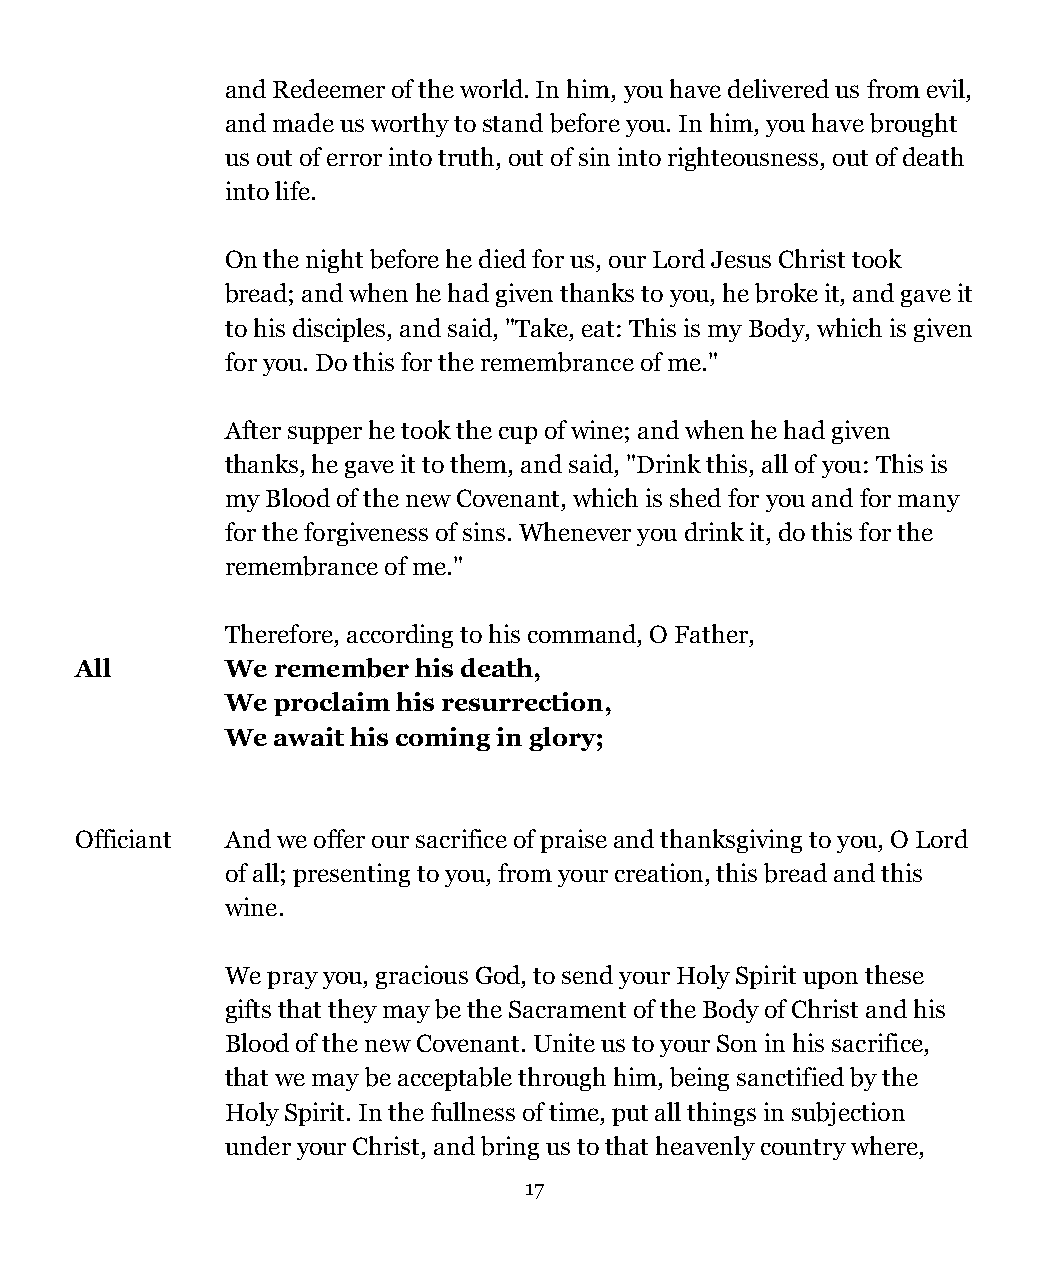
and Redeemer of the world. In him, you have delivered us from evil,
 and made us worthy to stand before you. In him, you have brought
 us out of error into truth, out of sin into righteousness, out of death
 into life.
 On the night before he died for us, our Lord Jesus Christ took
 bread; and when he had given thanks to you, he broke it, and gave it
 to his disciples, and said, "Take, eat: This is my Body, which is given
 for you. Do this for the remembrance of me."
 After supper he took the cup of wine; and when he had given
 thanks, he gave it to them, and said, "Drink this, all of you: This is
 my Blood of the new Covenant, which is shed for you and for many
 for the forgiveness of sins. Whenever you drink it, do this for the
 remembrance of me."
 Therefore, according to his command, O Father,
 All       We remember  his death,
 We proclaim his resurrection,
 We await his coming in glory;
 Officiant And we offer our sacrifice of praise and thanksgiving to you, O Lord
 of all; presenting to you, from your creation, this bread and this
 wine.
 We pray you, gracious God, to send your Holy Spirit upon these
 gifts that they may be the Sacrament of the Body of Christ and his
 Blood of the new Covenant. Unite us to your Son in his sacrifice,
 that we may be acceptable through him, being sanctified by the
 Holy Spirit. In the fullness of time, put all things in subjection
 under your Christ, and bring us to that heavenly country where,
 17